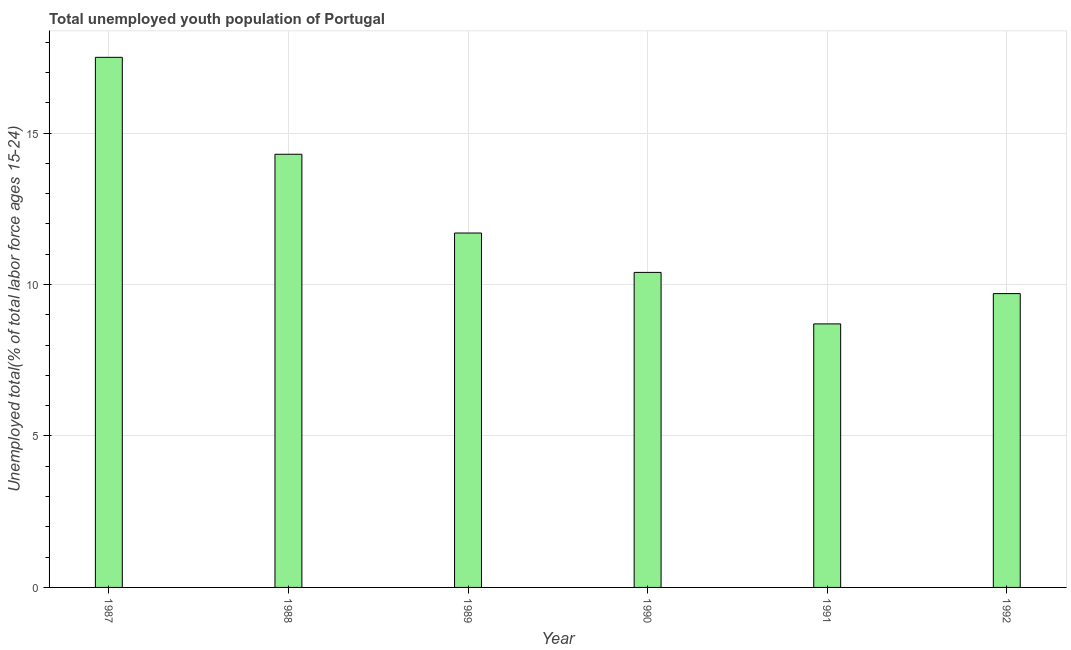
| Year | Unemployment youth total |
 | --- | --- |
 | 1987 | 17.5 |
 | 1988 | 14.3 |
 | 1989 | 11.7 |
 | 1990 | 10.4 |
 | 1991 | 8.7 |
 | 1992 | 9.7 |